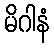
မိဂါနံ